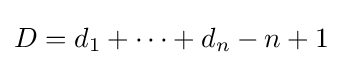
D=d_{1}+\cdots +d_{n}-n+1